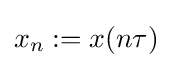
x_{n}:=x(n\tau )